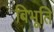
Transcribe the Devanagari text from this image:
बिभूति